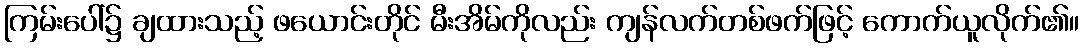
ကြမ်းပေါ်၌ ချထားသည့် ဖယောင်းတိုင် မီးအိမ်ကိုလည်း ကျန်လက်တစ်ဖက်ဖြင့် ကောက်ယူလိုက်၏။